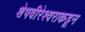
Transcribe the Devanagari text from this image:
शेषवीरेश्वराकडून